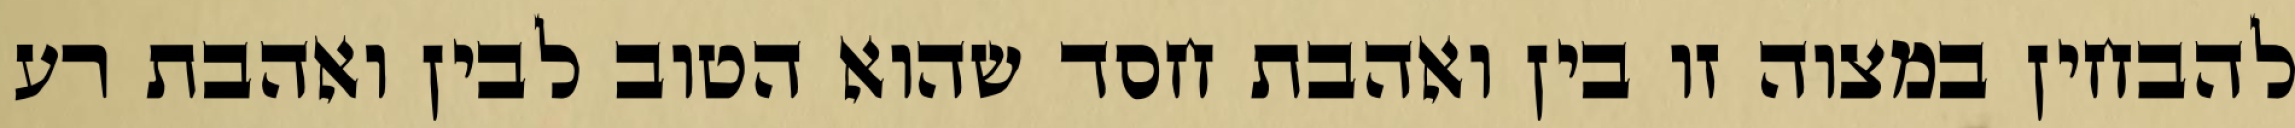
להבחין במצוה זו בין ואהבת חסד שהוא הטוב לבין ואהבת רע